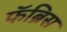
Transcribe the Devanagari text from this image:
फॅब्रिस